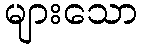
များသော